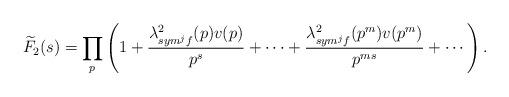
LaTeX: \begin{align*}\widetilde{F}_{2}(s)=\prod_{p}^{} \left(1+\frac{\lambda^{2}_{sym^{j}f}(p)v(p)}{p^{s}}+\cdots+\frac{\lambda^{2}_{sym^{j}f}(p^{m})v(p^{m})}{p^{ms}}+\cdots\right).\end{align*}